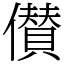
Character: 儧